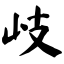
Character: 岐